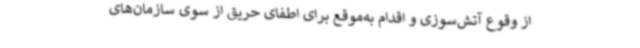
از وقوع آتش‌سوزی و اقدام به‌موقع برای اطفای حریق از سوی سازمان‌های